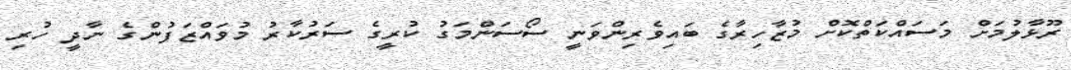
ރޫޅާލުމަށް މަސައްކަތްކޮށް މުޒާހިރާގެ ބައިވެރިންވަނީ ސޯސަންމަގު ކުރީގެ ސަރުކާރު މުވައްޒަފުންގެ ނާދީ ހުރި